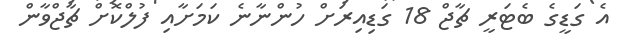
އެ ގަޑީގެ ބެޓަރީ ޗާޖް 18 ގަޑިއިރަށް ހުންނާނެ ކަމަށާއި ފުލްކޮށް ޗާޖްވާން